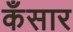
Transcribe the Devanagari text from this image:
कँसार